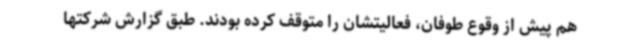
هم پیش از وقوع طوفان، فعالیتشان را متوقف کرده بودند. طبق گزارش شرکتها